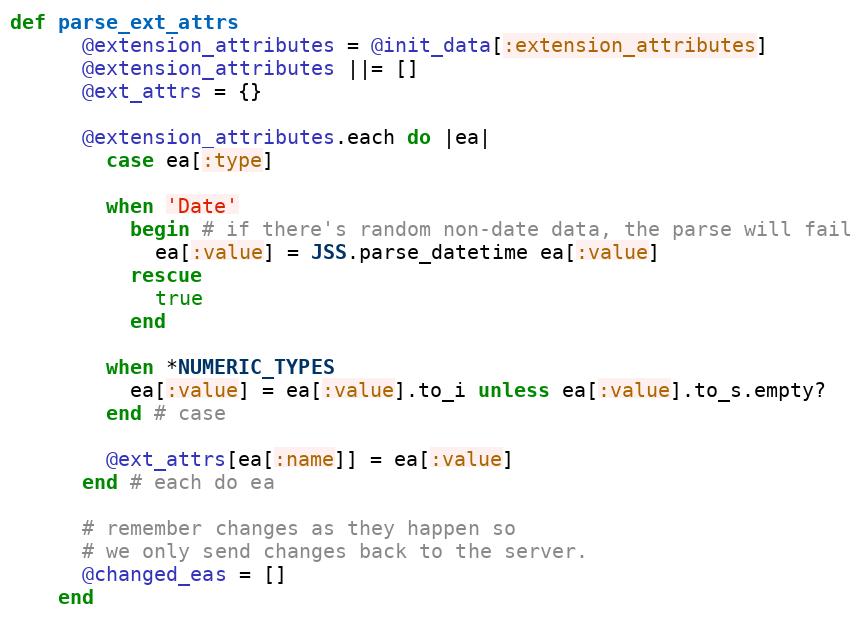
Language: Ruby
def parse_ext_attrs
      @extension_attributes = @init_data[:extension_attributes]
      @extension_attributes ||= []
      @ext_attrs = {}

      @extension_attributes.each do |ea|
        case ea[:type]

        when 'Date'
          begin # if there's random non-date data, the parse will fail
            ea[:value] = JSS.parse_datetime ea[:value]
          rescue
            true
          end

        when *NUMERIC_TYPES
          ea[:value] = ea[:value].to_i unless ea[:value].to_s.empty?
        end # case

        @ext_attrs[ea[:name]] = ea[:value]
      end # each do ea

      # remember changes as they happen so
      # we only send changes back to the server.
      @changed_eas = []
    end